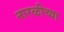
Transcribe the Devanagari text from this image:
नारळीच्या